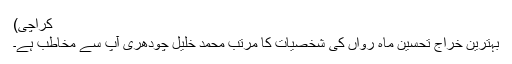
کراچی)
بہترین خراج تحسین ماہِ رواں کی شخصیات کا مرتب محمد خلیل چودھری آپ سے مخاطب ہے۔